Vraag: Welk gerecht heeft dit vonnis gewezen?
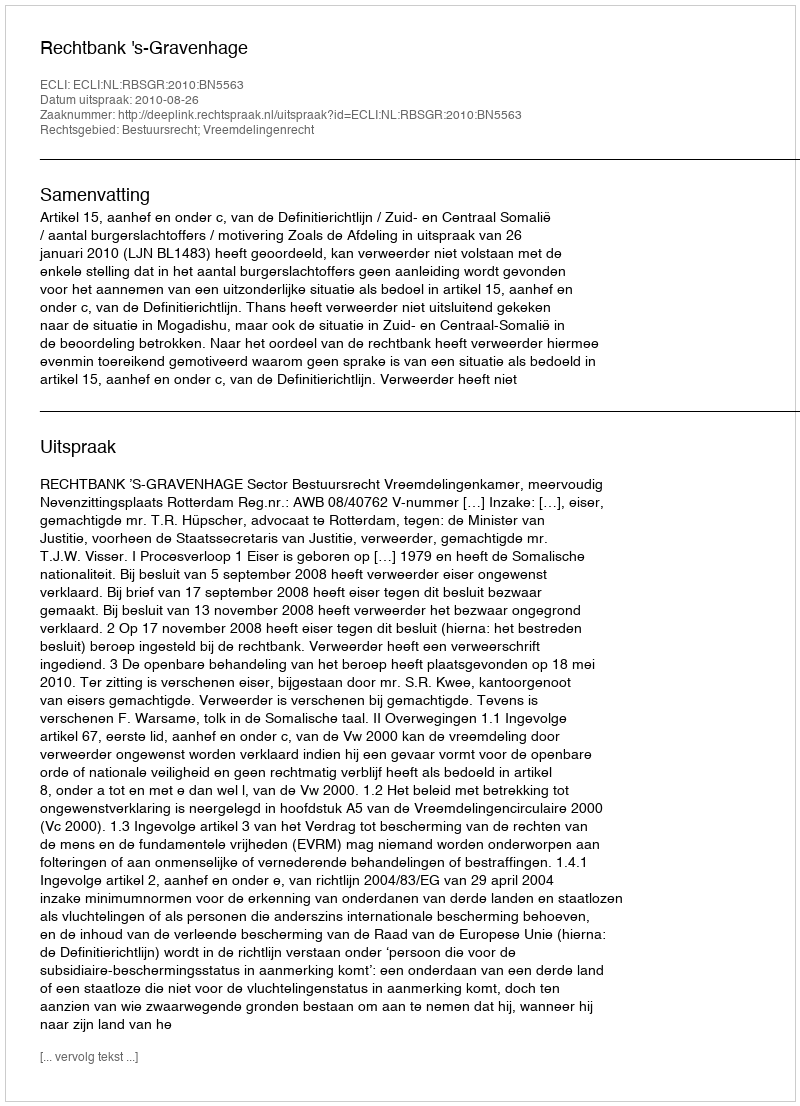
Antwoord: Rechtbank 's-Gravenhage